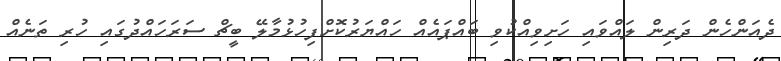
ދެއަންހެން ދަރިން ލައްވައި ހަށިވިއްކުވި ބައްޕައެއް ހައްޔަރުކޮށްފިހުޅުމާލޭ ބީޗް ސަރަހައްދުގައި ހުރި ތަނެއް